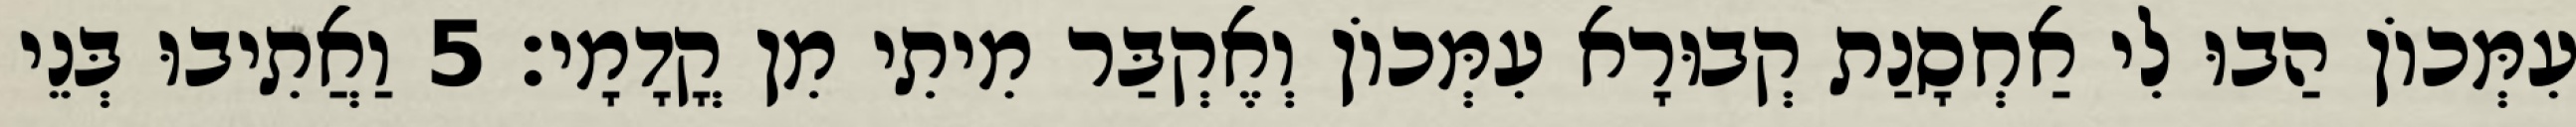
עִמְּכוֹן הַבוּ לִי אַחְסָנַת קְבוּרָא עִמְּכוֹן וְאֶקְבַּר מִיתִי מִן קֳדָמָי׃ 5 וַאֲתִיבוּ בְּנֵי